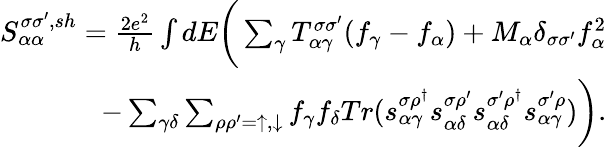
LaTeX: \begin{array}{r}{{S_{\alpha\alpha}^{\sigma\sigma^{\prime},sh}}=\frac{2e^{2}}{h}\int dE\bigg(\sum_{\gamma}T_{\alpha\gamma}^{\sigma\sigma^{\prime}}(f_{\gamma}-f_{\alpha})+M_{\alpha}\delta_{\sigma\sigma^{\prime}}f_{\alpha}^{2}}\\ {-\sum_{\gamma\delta}\sum_{\rho\rho^{\prime}=\uparrow,\downarrow}f_{\gamma}f_{\delta}Tr(s_{\alpha\gamma}^{\sigma\rho^{\dagger}}s_{\alpha\delta}^{\sigma\rho^{\prime}}s_{\alpha\delta}^{\sigma^{\prime}\rho^{\dagger}}s_{\alpha\gamma}^{\sigma^{\prime}\rho})\bigg).}\end{array}